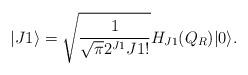
LaTeX: \begin{align*}|J1 \rangle = \sqrt{\frac{1}{\sqrt{\pi} 2^{J1} J1!}} H_{J1}(Q_R)|0\rangle.\end{align*}